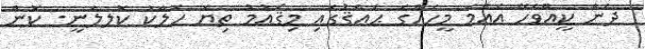
ދެން ކީއްވެހޭ އެއްމެ މީހެއްގެ ޙައްޤުގައި މިޤައުމު ތިޔަ ހަލާކު ކޮލލަނީ. ކޮން